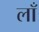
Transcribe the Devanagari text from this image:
लॉं